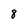
Character: 8